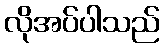
လိုအပ်ပါသည်